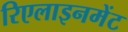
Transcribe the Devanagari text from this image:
रिएलाइनमेंट